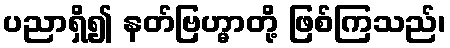
ပညာရှိ၍ နတ်ဗြဟ္မာတို့ ဖြစ်ကြသည်၊